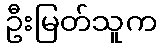
ဦးမြတ်သူက